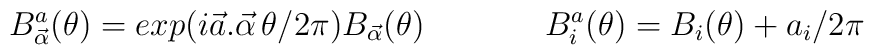
B^a_{\vec {\alpha}}(\theta) = exp ( i \vec{a}. \vec{\alpha}\, \theta/2\pi)B_{\vec {\alpha}} (\theta) \hspace{.6in}B^a_i (\theta)= B_i(\theta) + a_i/2 \pi